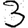
Digit: 3